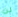
لن